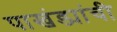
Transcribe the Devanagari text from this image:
पाखंड्यांची